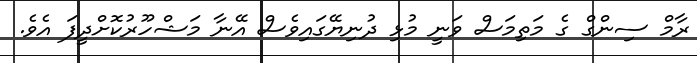
ރާމް ސިންގް ގެ މަތިމަސް ވަނީ މުޅި ދުނިޔޭގައިވެސް އޭނާ މަޝްހޫރުކޮށްދީފަ އެވެ.